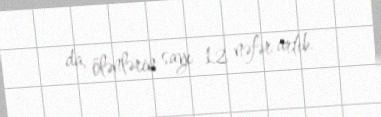
da, ölənlərin sayı 12 nəfər artıb.